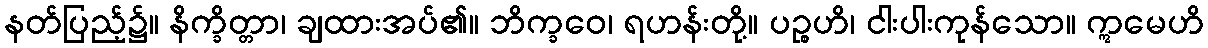
နတ်ပြည့်၌။ နိက္ခိတ္တာ၊ ချထားအပ်၏။ ဘိက္ခဝေ၊ ရဟန်းတို့။ ပဉ္စဟိ၊ ငါးပါးကုန်သော။ ဣမေဟိ